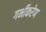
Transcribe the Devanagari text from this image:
गर्भीकरेण